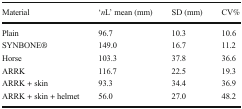
<table><thead><tr><td><b>Material</b></td><td><b>‘<i>n</i>L’ mean (mm)</b></td><td><b>SD (mm)</b></td><td><b>CV%</b></td></tr></thead><tbody><tr><td>Plain</td><td>96.7</td><td>10.3</td><td>10.6</td></tr><tr><td>SYNBONE®</td><td>149.0</td><td>16.7</td><td>11.2</td></tr><tr><td>Horse</td><td>103.3</td><td>37.8</td><td>36.6</td></tr><tr><td>ARRK</td><td>116.7</td><td>22.5</td><td>19.3</td></tr><tr><td>ARRK + skin</td><td>93.3</td><td>34.4</td><td>36.9</td></tr><tr><td>ARRK + skin + helmet</td><td>56.0</td><td>27.0</td><td>48.2</td></tr></tbody></table>